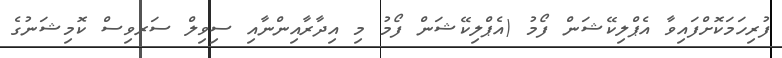
ފުރިހަމަކޮށްފައިވާ އެޕްލިކޭޝަން ފޯމު (އެޕްލިކޭޝަން ފޯމު މި އިދާރާއިންނާއި ސިވިލް ސަރވިސް ކޮމިޝަނުގެ